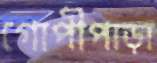
গোপীপাড়া